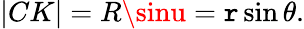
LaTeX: |CK|=R\sinu=\mathtt{r}\sin\theta.